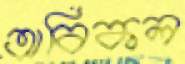
অবিকল